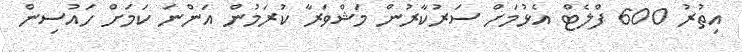
އިތުރު 600 ފްލެޓް އެޅުމަށް ސަރުކާރުން މަޝްވަރާ ކުރަމުން އަންނަ ކަމަށް ހައުސިން